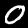
Digit: 0